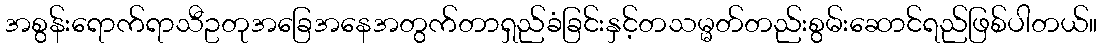
အစွန်းရောက်ရာသီဥတုအခြေအနေအတွက်တာရှည်ခံခြင်းနှင့်တသမ္မတ်တည်းစွမ်းဆောင်ရည်ဖြစ်ပါတယ်။